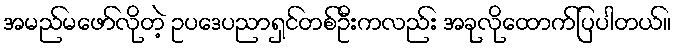
အမည်မဖော်လိုတဲ့ ဥပဒေပညာရှင်တစ်ဦးကလည်း အခုလိုထောက်ပြပါတယ်။